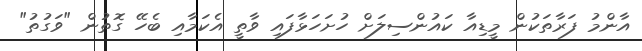
އާންމު ފަރާތަކުން މީޑިއާ ކައުންސިލަށް ހުށަހަޅާފައި ވާތީ އެކަމާއި ބެހޭ ގޮތުން "ވަގުތު"